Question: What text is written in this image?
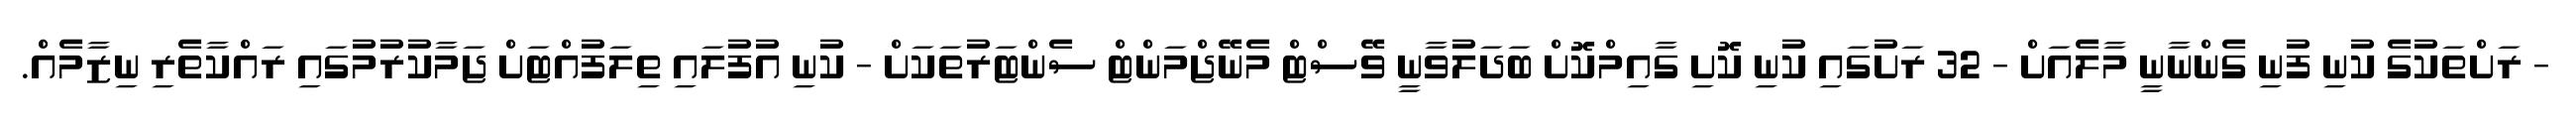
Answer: - ރަށްތަކުގެ ކުނި ފުނި ގެންނާނީ މާލެއަށް - 32 ރަށުގައި ކުނި ކޮށި ގާއިމްކޮށް ބަދަލުވާނީ ވޭސްޓް މެނޭޖްމަންޓް ސެންޓަރުތަކަށް - ކުނި އުފުލައި ތިލަފުއްޓަށް ޖަމާކުރުމުގައި ރައްކާތެރި ނިޒާމެއް.